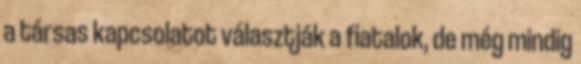
a társas kapcsolatot választják a fiatalok, de még mindig